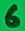
Text: 6